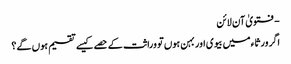
- فتویٰ آن لائن
اگر ورثاء میں بیوی اور بہن ہوں تو وراثت کے حصے کیسے تقسیم ہوں گے؟